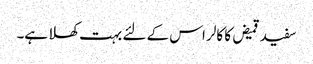
سفید قمیض کا کالر اس کے لئے بہت کھلا ہے۔